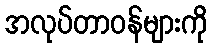
အလုပ်တာဝန်များကို